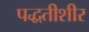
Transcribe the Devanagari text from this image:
पद्धतीशीर